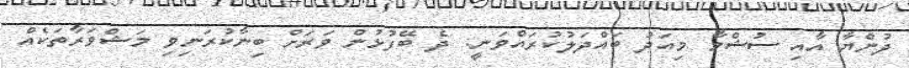
ދުންޔާ އާއި ސުޝްމާ މިއަދު ބައްދަލުކުރައްވަނީ: ދެ ބޭފުޅުން ވަރަށް ބިނާކުރަނިވި މަޝްވަރާތަކެއް